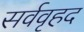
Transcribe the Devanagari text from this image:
सर्ववृहद